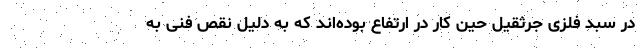
در سبد فلزی جرثقیل حین کار در ارتفاع بوده‌اند که به دلیل نقص فنی به